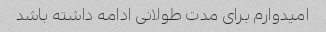
امیدوارم برای مدت طولانی ادامه داشته باشد